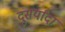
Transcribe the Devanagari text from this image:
दुसर्यांदा